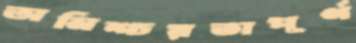
অনিশ্চয়তাপূর্ণ